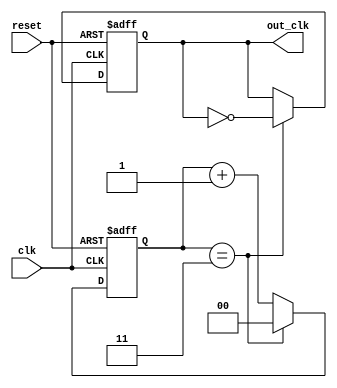
module frequency_divider_counter #(
    parameter DIV_FACTOR = 4  // Default division factor
)(
    input wire clk,            // Input clock signal
    input wire reset,          // Asynchronous reset signal
    output reg out_clk         // Output divided clock signal
);

    reg [$clog2(DIV_FACTOR)-1:0] counter; // Counter to keep track of clock cycles

    always @(posedge clk or posedge reset) begin
        if (reset) begin
            counter <= 0;      // Reset counter to zero
            out_clk <= 0;      // Ensure output clock is low on reset
        end else begin
            if (counter == DIV_FACTOR - 1) begin
                counter <= 0;   // Reset counter
                out_clk <= ~out_clk; // Toggle output clock
            end else begin
                counter <= counter + 1; // Increment counter
            end
        end
    end

endmodule